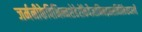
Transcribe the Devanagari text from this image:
जर्मनीकेविभिन्नशेहेरोंकेवैज्ञानिकइससमितिकेसदस्यहैं